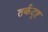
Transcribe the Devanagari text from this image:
तर्कदृष्ट